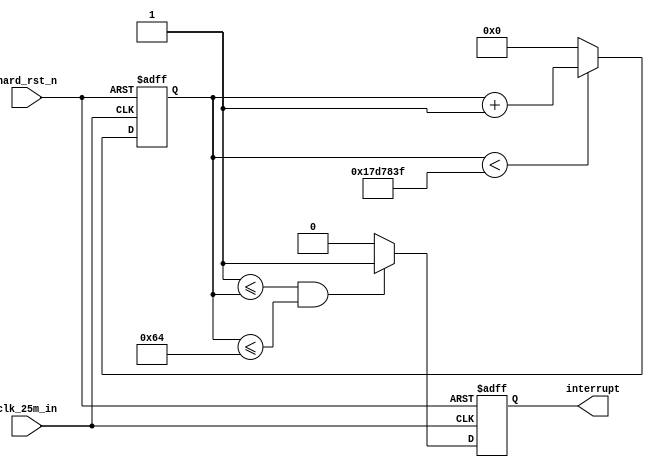
module gpio_intr_gen#
(
    parameter   PLUSE_WIDTH        =   100,   
    parameter   PERIOD             =   25_000_000                                                           			
)
(
	input     hard_rst_n,
	input     clk_25m_in,
	
	output   interrupt
);

	reg [31: 0] cnt;
	always @(posedge clk_25m_in or negedge hard_rst_n)
	begin
		if(!hard_rst_n)
			cnt <= 32'd0;
		else if (cnt < (PERIOD-1) )	
			cnt <= cnt + 32'd1;
		else
			cnt <= 0;
	end			
		
	reg interrupt_d;	
	always @(posedge clk_25m_in or negedge hard_rst_n)
	begin
		if(!hard_rst_n)
			interrupt_d <= 1'd0;
		else if ( (1 <= cnt) &&  (cnt <= PLUSE_WIDTH) )	
			interrupt_d <= 1'd1;
		else
			interrupt_d <= 1'd0;
	end

	assign interrupt = interrupt_d;
endmodule